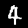
Digit: 4